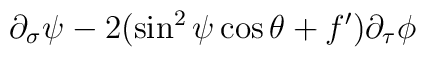
\partial_{\sigma}\psi - 2(\sin^2\psi\cos\theta + f')\partial_{\tau}\phi